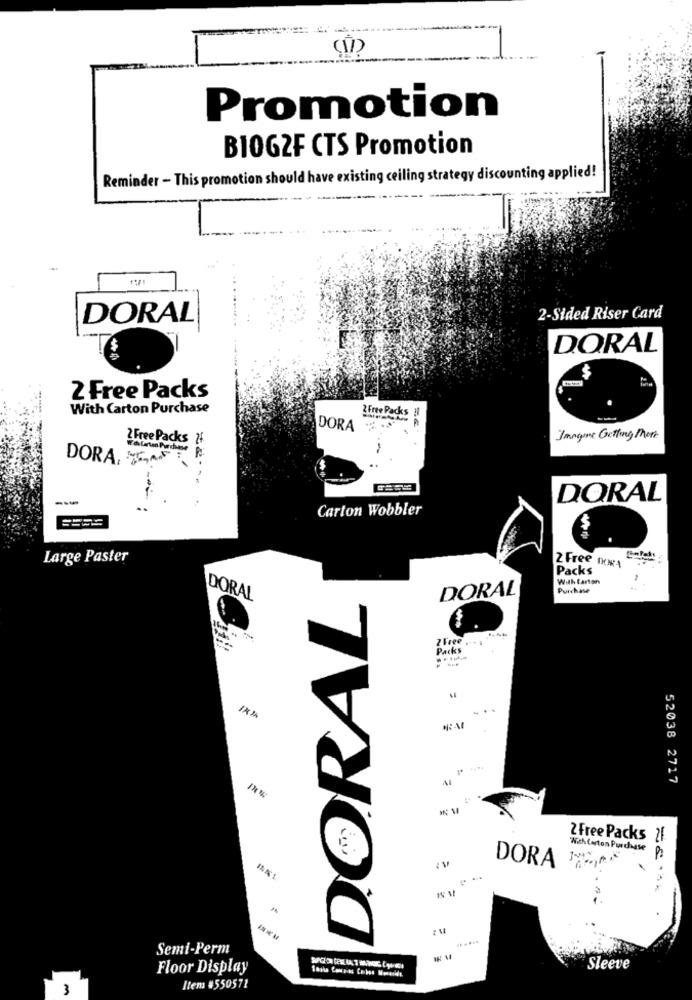
1-
Promotion
BIOGZF CTS Promotion
Reminder - This promotion should have existing ceiling strategy discounting applied!
-----
DORAL
2-Sided Riser Card
DORAL
2 Free Packs
With Carton Purchase
Free Packs !
DORA
2 Free Packs 24
Jangme Getting More
DORA STAFF
---
DORAL
Carton Wobbler
Large Paster
Packs
2 Free nowA
With Carton
DORAL
Purchase
DORAL
DORAL
2 Free
Packs
. .
52038 2717
2 Free Packs 21
With Carton Purchase
DORA
13:15 1
Semi-Perm
Floor Display
Sleeve
3
Item #550571